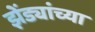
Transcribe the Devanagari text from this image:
झेंड्यांच्या